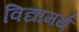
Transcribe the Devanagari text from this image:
विद्यामर्थं